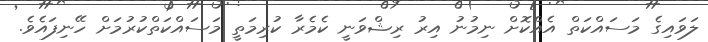
ލަވައިގެ މަސައްކަތް އެއްކޮށް ނިމުނު އިރު ރިޝްވަނީ ކެމެރާ ކުރިމަތީ މަސައްކަތްކުރުމަށް ހޭނިފައެވެ.